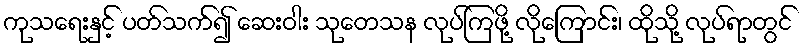
ကုသရေးနှင့် ပတ်သက်၍ ဆေးဝါး သုတေသန လုပ်ကြဖို့ လိုကြောင်း၊ ထိုသို့ လုပ်ရာတွင်